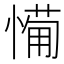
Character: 𢟡